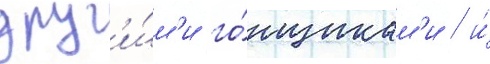
друг'и́м'и го́нщикам'и / и́